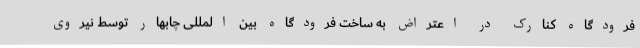
فرودگاه کنارک در اعتراض به ساخت فرودگاه بین المللی چابهار توسط نیروی